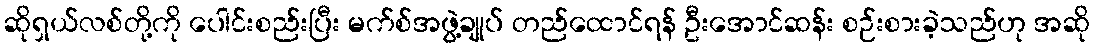
ဆိုရှယ်လစ်တို့ကို ပေါင်းစည်းပြီး မက်စ်အဖွဲ့ချုပ် တည်ထောင်ရန် ဦးအောင်ဆန်း စဉ်းစားခဲ့သည်ဟု အဆို